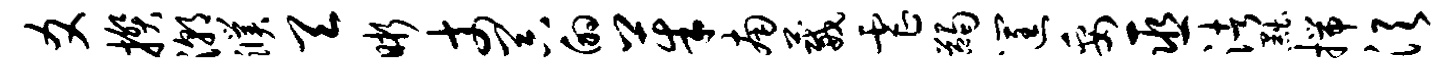
爻揆潮濮天晰丈器的茱南葳虐蠲筐妥巫渚黜揣须